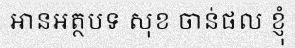
អានអត្ថបទ សុខ ចាន់ផល ខ្ញុំ